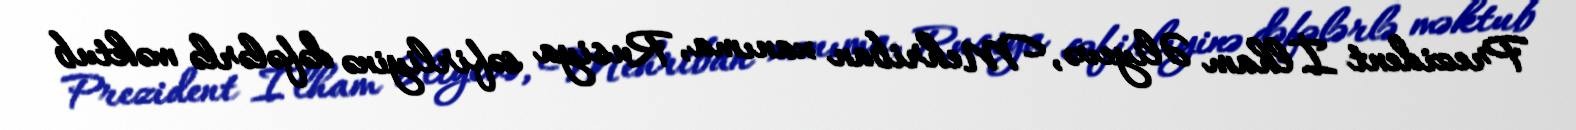
Prezident İlham Əliyevə, Mehriban xanıma, Rusiya səfirliyinə dəfələrlə məktub